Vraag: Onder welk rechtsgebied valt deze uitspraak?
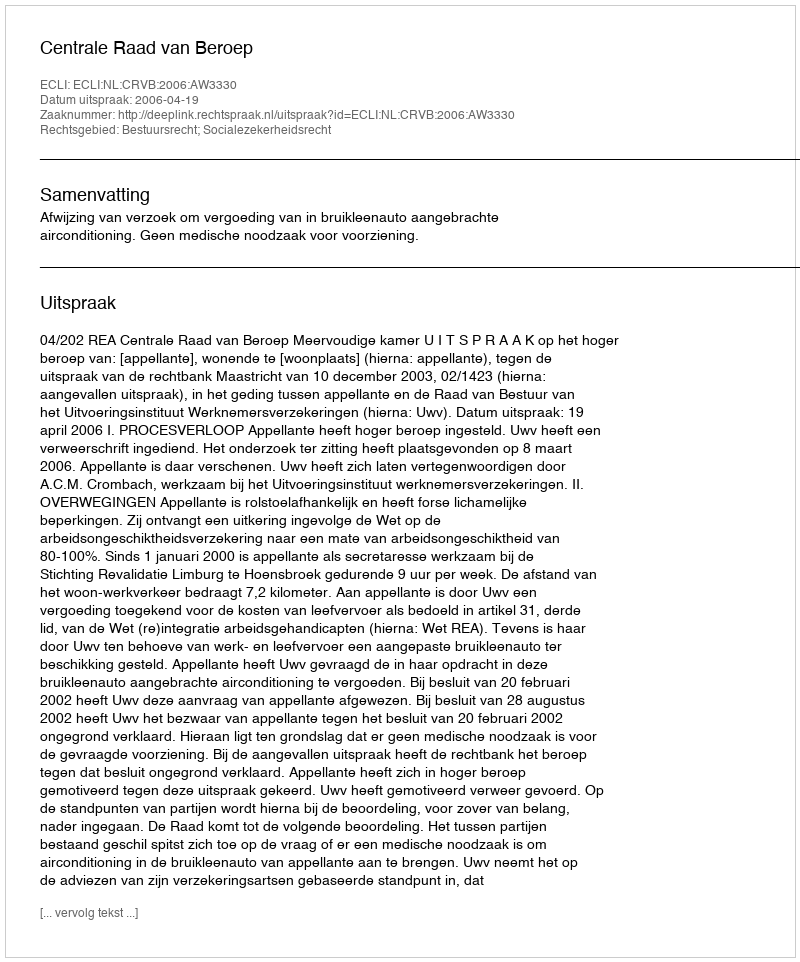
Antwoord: Bestuursrecht; Socialezekerheidsrecht